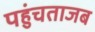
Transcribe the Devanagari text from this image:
पहुंचताजब